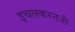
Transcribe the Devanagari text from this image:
इचलकरनजी